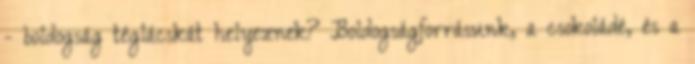
- boldogság téglácskát helyeznek? Boldogságforrásunk, a csokoládé, és a